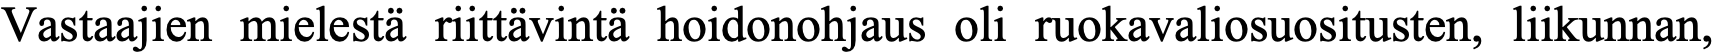
Vastaajien mielestä riittävintä hoidonohjaus oli ruokavaliosuositusten, liikunnan,